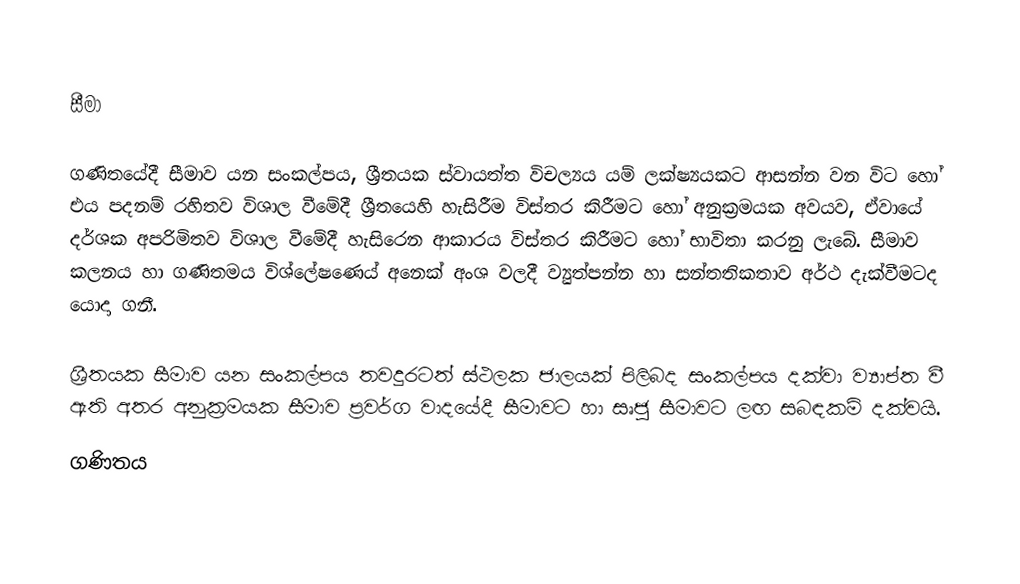

සීමා

ගණිතයේදී සීමා‍ව යන සංකල්පය, ශ්‍රීතයක ස්වායත්ත විචල්‍යය යම් ලක්ෂ්‍යයකට ආසන්න වන විට හෝ එය පදනම් රහිතව විශාල වීමේදී ශ්‍රීතයෙහි හැසිරීම විස්තර කිරීමට හෝ අනුක්‍රමයක අවයව, ඒව‍ායේ දර්ශක අපරිමිතව විශාල වීමේදී හැසිරෙන  ආකාරය විස්තර කිරීමට හෝ භාවිතා කරනු ලැබේ. සීමාව කලනය හා ගණිතමය විශ්ලේෂණ‍ෙය් අනෙක් අංශ වලදී ව්‍යුත්පන්න හා සන්තතිකතාව අර්ථ දැක්වීමටද යොදා ගනී.

ශ්‍රීතයක සීමාව යන සංකල්පය තවදුරටත් ස්ථලක ජාලයක් පිලිබද සංකල්පය දක්වා ව්‍යාප්ත වී ඇති අතර අනුක්‍රමයක සීමාව ප්‍රවර්ග වාදයේදී සීමා‍වට හා සෘජු සීමාවට ලඟ සබඳකම් දක්වයි.
ගණිතය